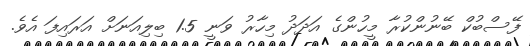
ފޭސްބުކް ބޭނުންކުރާ މީހުންގެ އަަދަދު މިހާރު ވަނީ 1.5 ބިލިއަނަށް އަރައިފަ އެވެ.